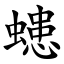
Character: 䗭